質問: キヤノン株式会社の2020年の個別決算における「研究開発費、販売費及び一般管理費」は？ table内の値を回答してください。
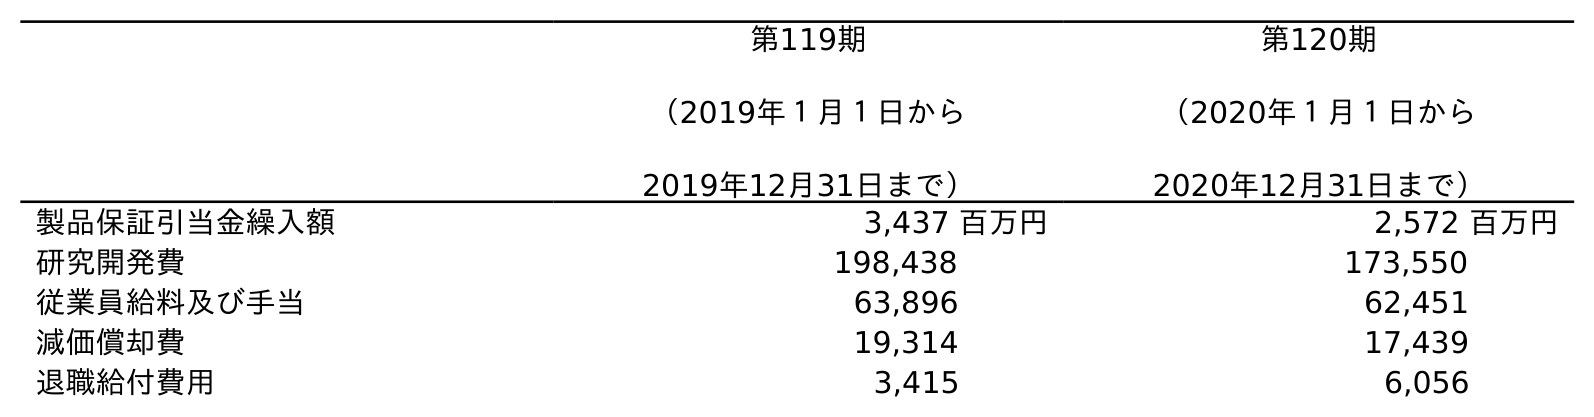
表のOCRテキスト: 第119期 （2019年１月１日から 2019年12月31日まで） 第120期 （2020年１月１日から 2020年12月31日まで） 製品保証引当金繰入額 3,437 百万円 2,572 百万円 研究開発費 198,438 173,550 従業員給料及び手当 63,896 62,451 減価償却費 19,314 17,439 退職給付費用 3,415 6,056
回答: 173,550